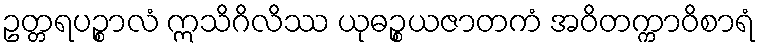
ဥတ္တရပဉ္စာလံ ဣသိဂိလိဿ ယုဓဉ္စယဇာတကံ အဝိတက္ကာဝိစာရံ